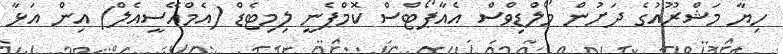
ހިޔާ މަޝްރޫއުގެ ދަށުން މޯލްޑިވްސް އެއާޕޯޓްސް ކޮމްޕެނީ ލިމިޓެޑް (އެމްއޭސީއެލް) އިން އަޅާ